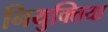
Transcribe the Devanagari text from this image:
नियुक्तिया